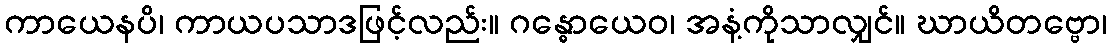
ကာယေနပိ၊ ကာယပသာဒဖြင့်လည်း။ ဂန္ဓောယေဝ၊ အနံ့ကိုသာလျှင်။ ဃာယိတဗ္ဗော၊